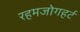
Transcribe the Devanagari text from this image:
रहमजोगहर्ट